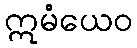
ဣမံယေဝ